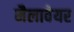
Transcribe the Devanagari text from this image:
मैलावेयर